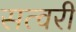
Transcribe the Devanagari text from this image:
सत्वरी